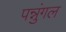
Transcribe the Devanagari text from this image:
पन्नुंगल